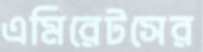
এমিরেটসের